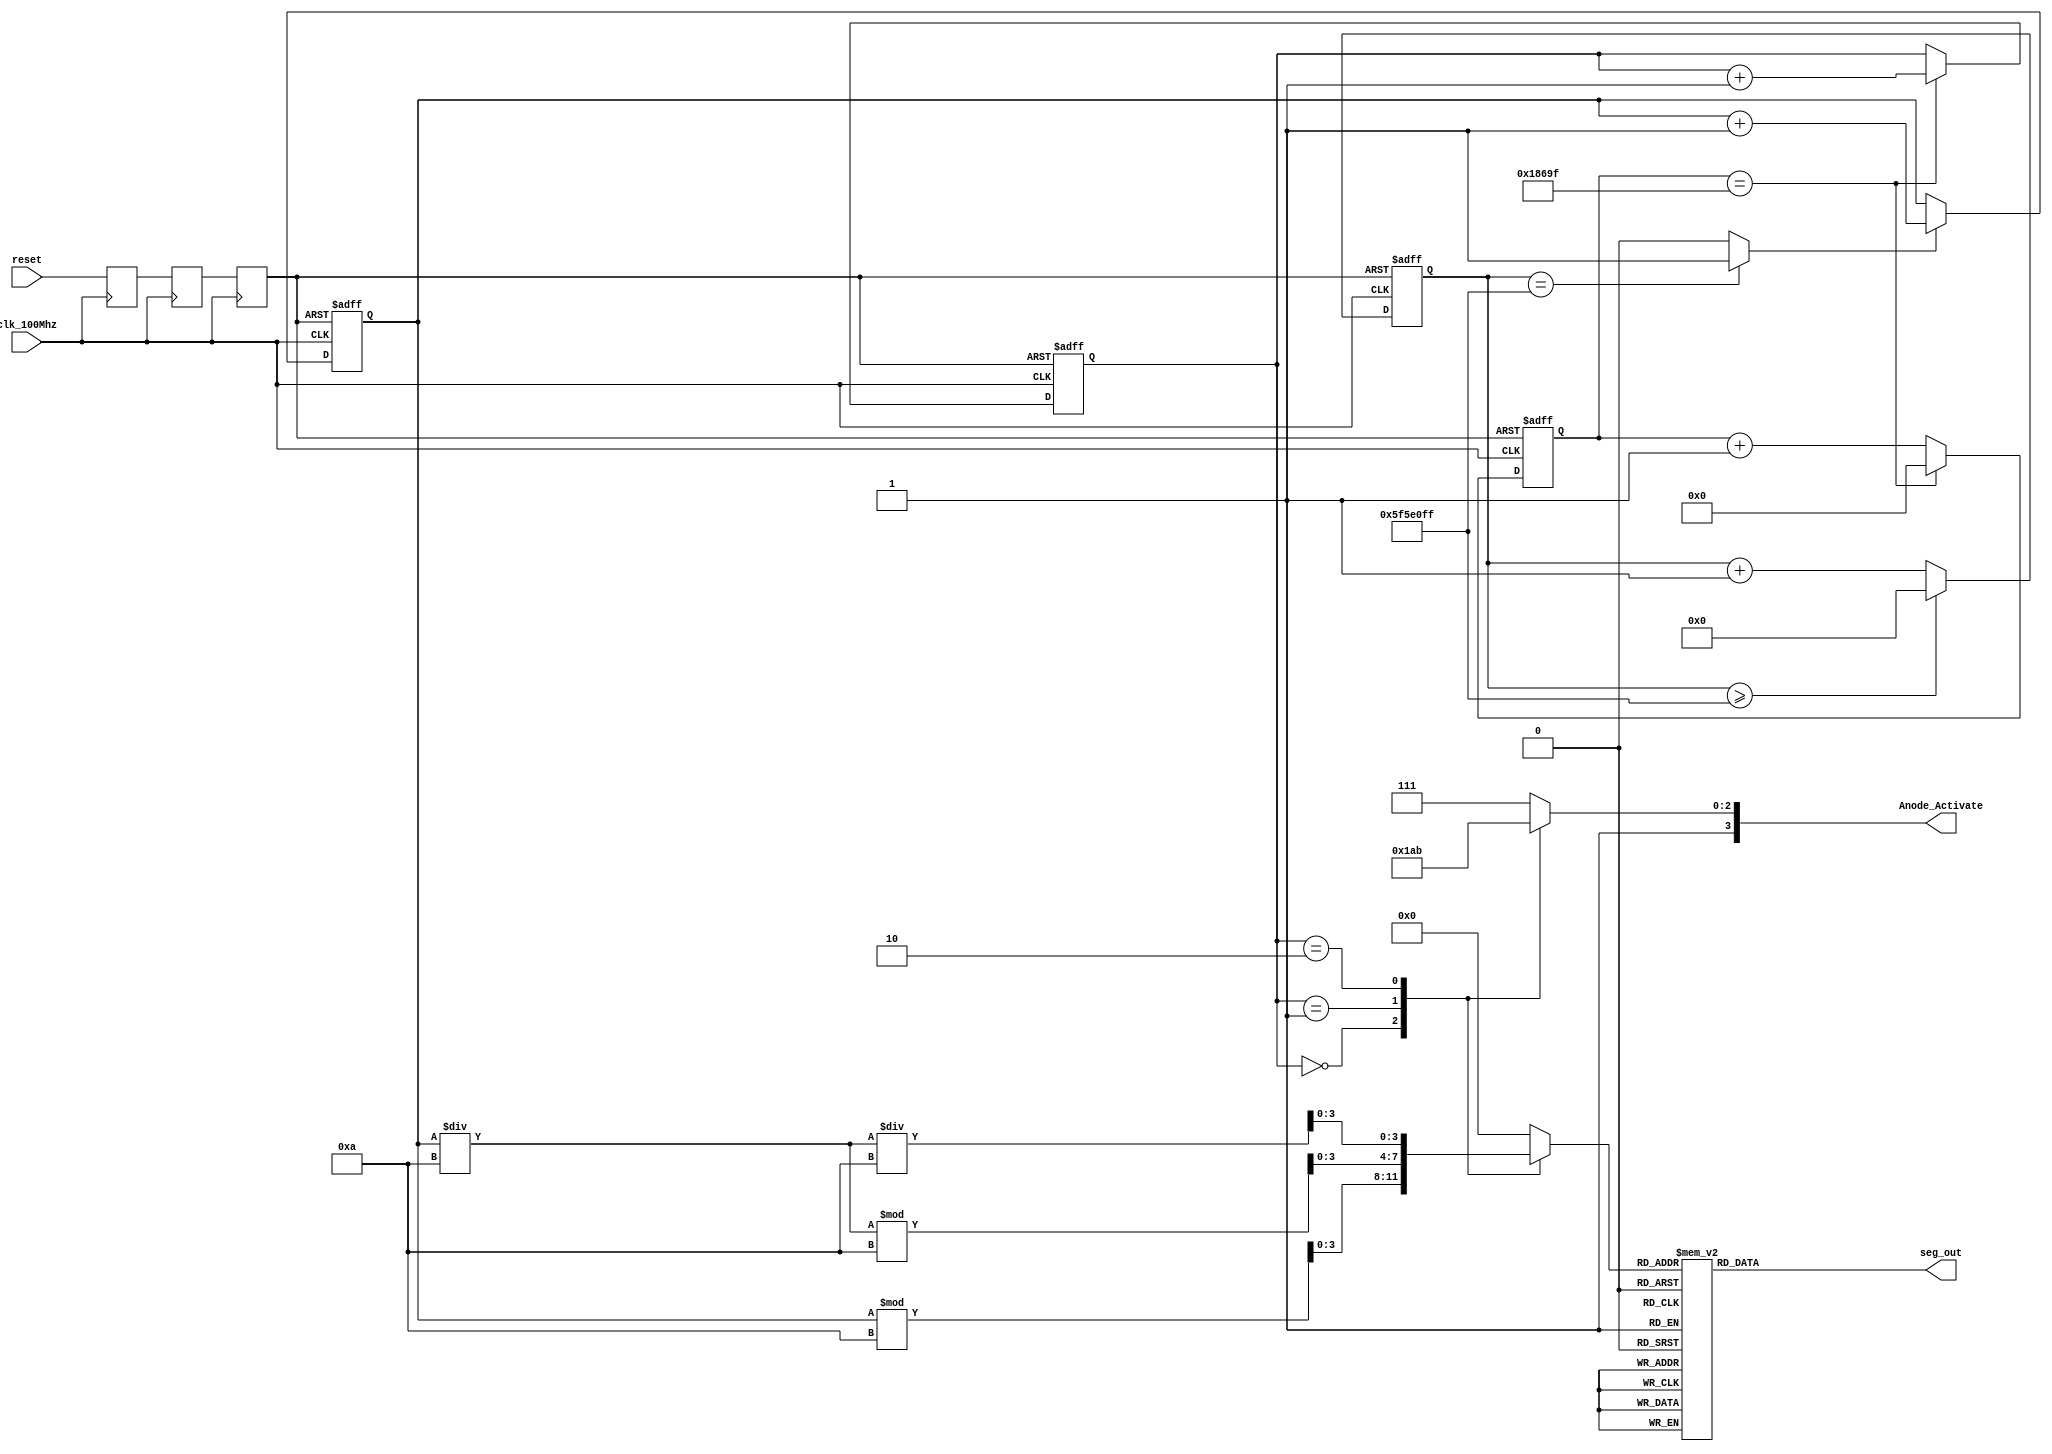
module upcounter_7seg(
    input clk_100Mhz, 
    input reset,
    output reg [3:0] Anode_Activate, 
    output reg [0:6] seg_out   
    );
    
    wire reset_out;
    reg temp1, temp2, temp3;
    always @(posedge clk_100Mhz)
    begin
            temp1 <= reset;
            temp2 <= temp1;
            temp3 <= temp2;
    end
    assign reset_out = temp3;
       
    reg [26:0]one_second_counter; // counter for generating 1 second clock enable
    wire one_second_enable;// one second enable for counting numbers
    
    reg [9:0] displayed_count; // counting number to be displayed
    reg [3:0] displayed_count_reg; 
    // To select each anode in turn
     reg [1:0] anode_select;
     reg [16:0] anode_timer;
                    
   always @(posedge clk_100Mhz or posedge reset_out)
   begin
     if(reset_out) begin
         anode_select <= 0;
         anode_timer <= 0; 
     end
     else
         if(anode_timer == 99_999) begin
             anode_timer <= 0;
             anode_select <=  anode_select + 1;
         end
      else
          anode_timer <=  anode_timer + 1;
     end   
       
     always @(*) 
     begin
             case(anode_select)
                 0: Anode_Activate <= 4'b1110;
                 1: Anode_Activate <= 4'b1101;
                 2: Anode_Activate <= 4'b1011;
                 default:Anode_Activate <= 4'b1111;
             endcase
               end   
                            
    always @(posedge clk_100Mhz or posedge reset_out)
    begin
        if(reset_out==1)
            one_second_counter <= 0;
        else begin
            if(one_second_counter>=99999999) 
                 one_second_counter <= 0;
            else
                one_second_counter <= one_second_counter + 1;
        end
    end 
    assign one_second_enable = (one_second_counter==99999999)?1:0;
   
  
    
    //mod-1000 counter
     always @(posedge clk_100Mhz or posedge reset_out)
       begin
           if(reset_out==1)
               displayed_count <= 0;
           else if(one_second_enable==1)
               displayed_count <= displayed_count + 1;
       end
       
    
    always @(*)
    begin
        case(anode_select)
        2'b00: begin
            Anode_Activate <= 4'b1110; 
            displayed_count_reg <= displayed_count%10;
              end
        2'b01: begin
            Anode_Activate <= 4'b1101; 
            displayed_count_reg <= (displayed_count/10)%10;
              end
        2'b10: begin
            Anode_Activate <= 4'b1011; 
            displayed_count_reg <= (displayed_count/10)/10;
                end
       default:   begin
                   Anode_Activate <= 4'b1111; 
                  displayed_count_reg <= 0; 
                  end  
        endcase
    end
    
    // Cathode patterns of the 7-segment LED display 
    always @(*)
    begin
        case(displayed_count_reg)
        4'b0000: seg_out <= 7'b0000001; // "0"     
        4'b0001: seg_out <= 7'b1001111; // "1" 
        4'b0010: seg_out <= 7'b0010010; // "2" 
        4'b0011: seg_out <= 7'b0000110; // "3" 
        4'b0100: seg_out <= 7'b1001100; // "4" 
        4'b0101: seg_out <= 7'b0100100; // "5" 
        4'b0110: seg_out <= 7'b0100000; // "6" 
        4'b0111: seg_out <= 7'b0001111; // "7" 
        4'b1000: seg_out <= 7'b0000000; // "8"     
        4'b1001: seg_out <= 7'b0000100; // "9" 
        default: seg_out <= 7'b0000001; // "0"
        endcase
    end
 endmodule